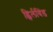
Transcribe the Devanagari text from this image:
ह्विर्लविंड